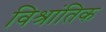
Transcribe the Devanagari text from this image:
विश्रांतिक